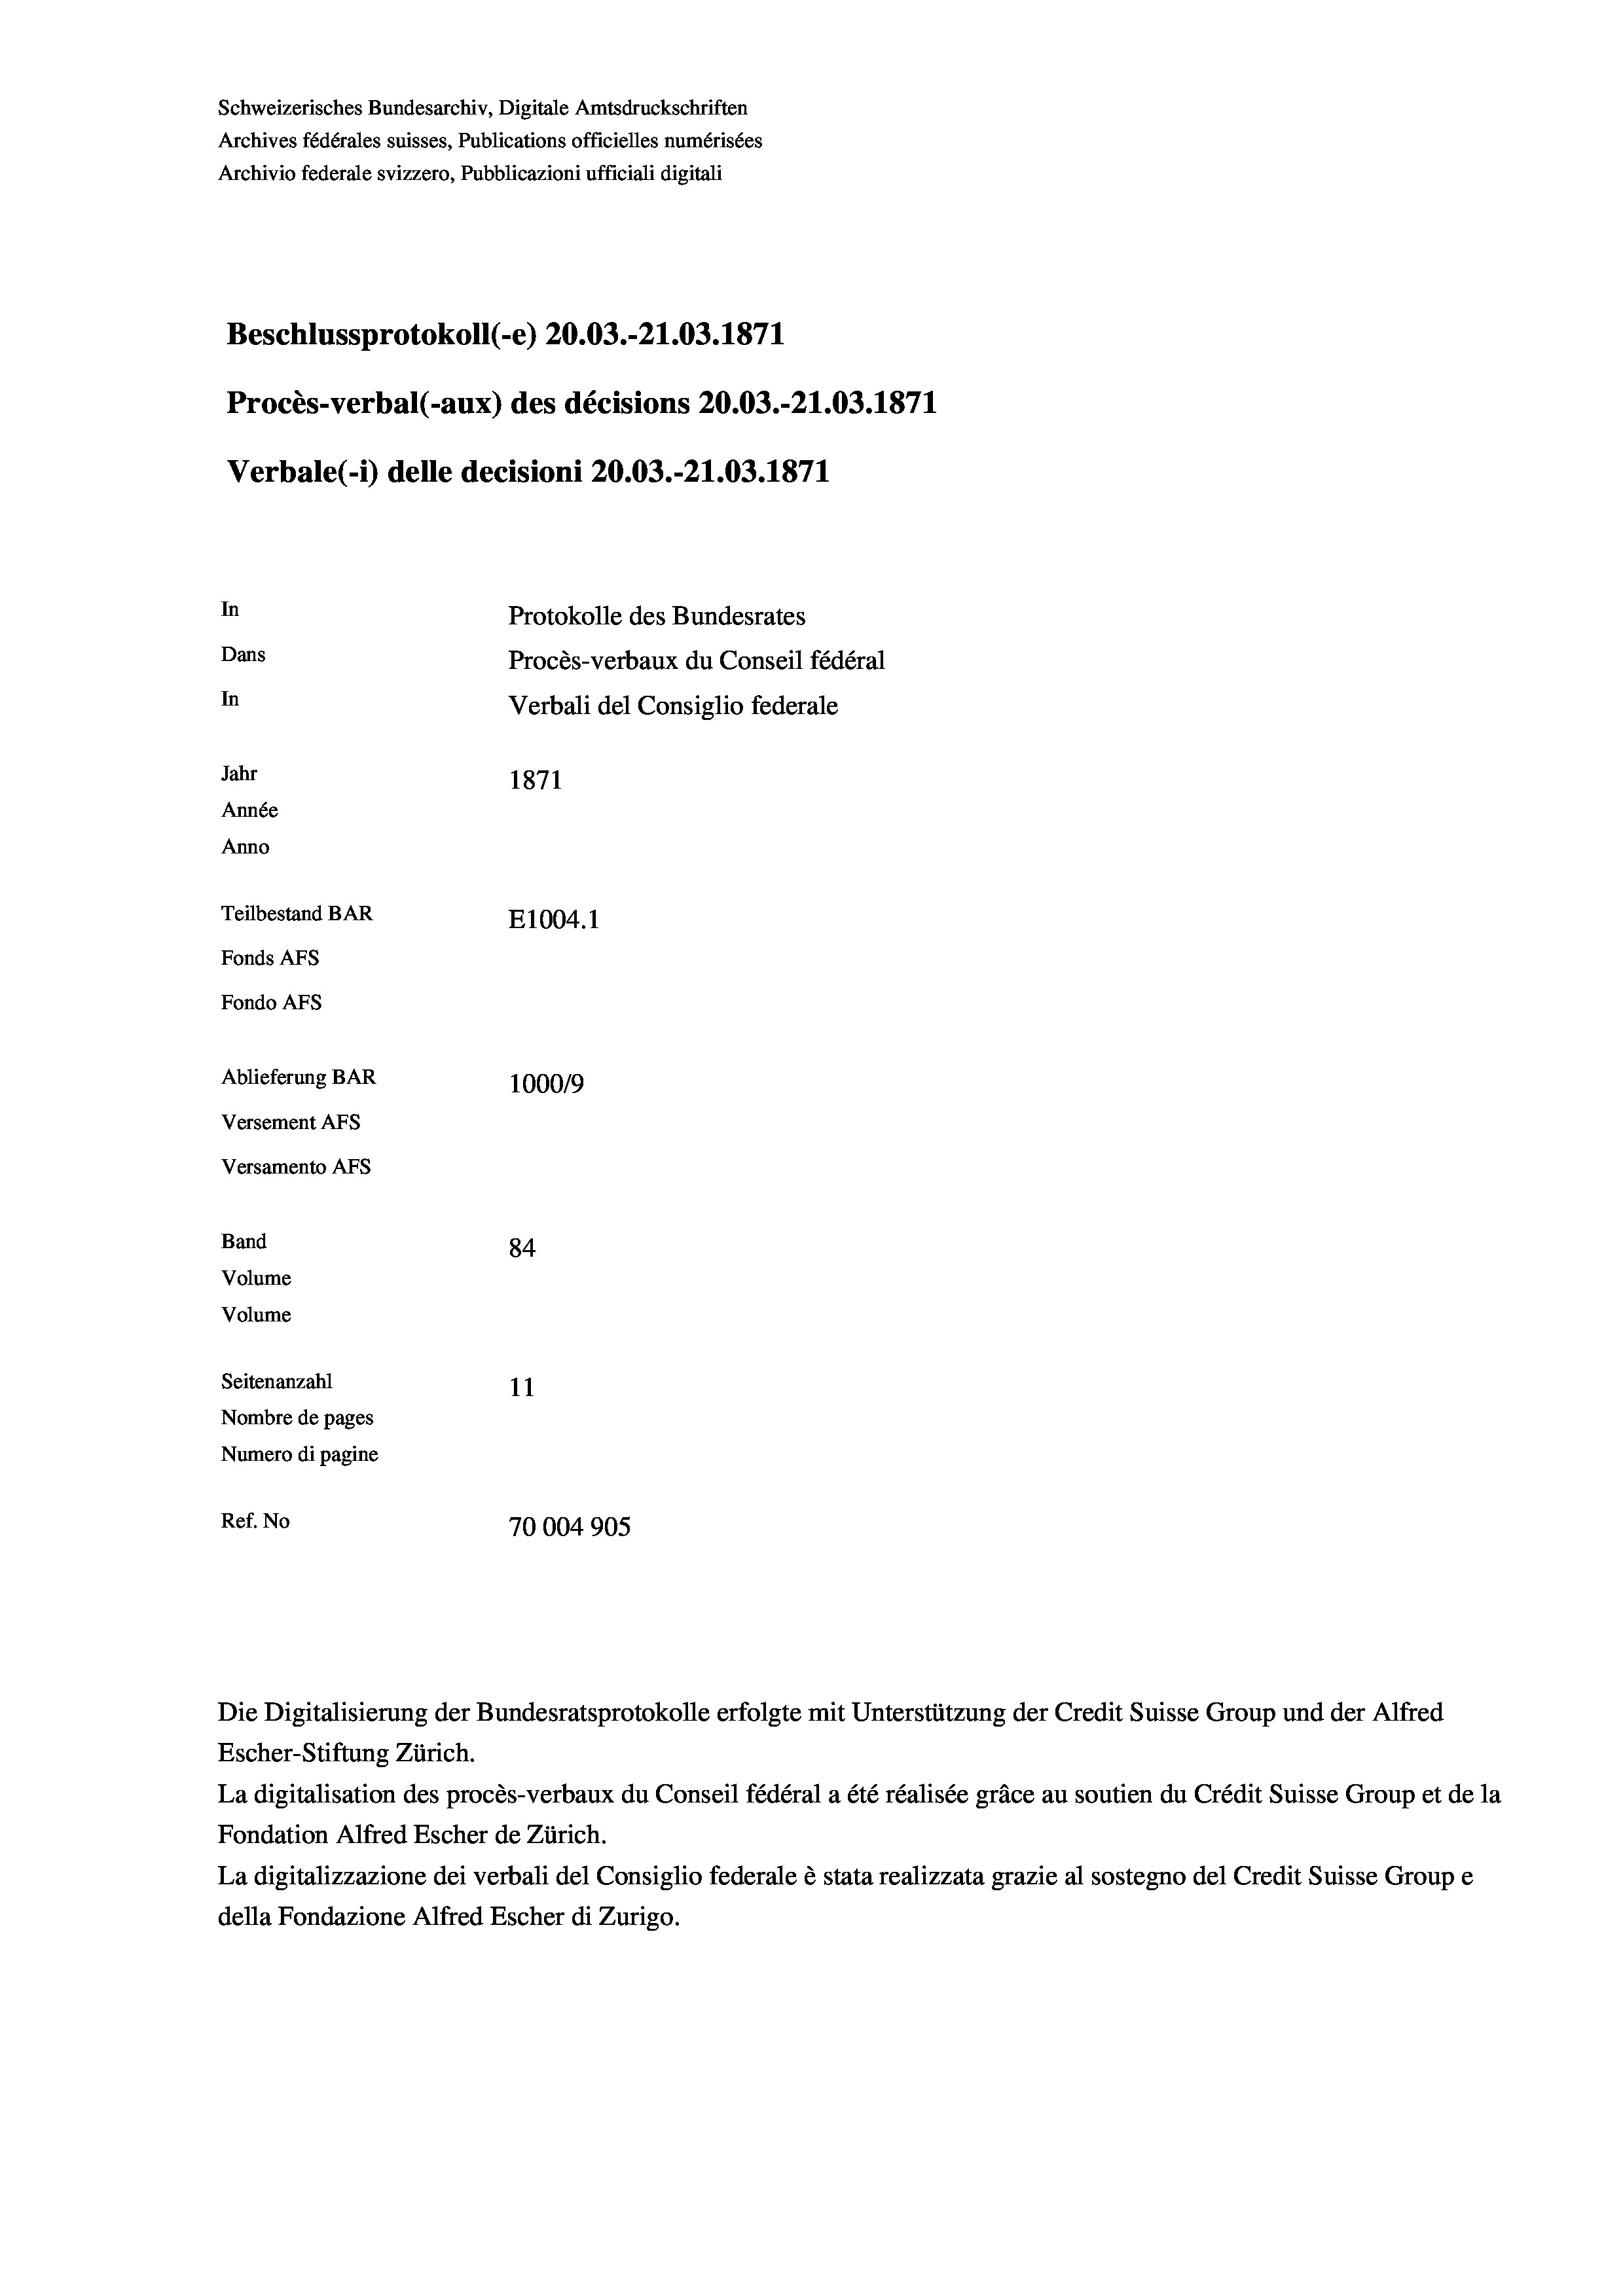
Schweizerisches Bundesarchiv, Digitale Amtsdruckschriften
Archives fédérales suisses, Publications officielles numérisées
Archivio federale svizzero, Pubblicazioni ufficiali digitali
Beschlussprotokoll (-e) 20.03.-21.03. 1871
Procès-verbal (-aux) des décisions 20.03.-21.03. 1871
Verbale(*) delle decisioni 20.03.-21.03. 1871
In
Protokolle des Bundesrates
Dans
Procès-verbaux du Conseil fédéral
In
Verbali del Consiglio federale
Jahr
1871
Année
Anno
Teilbestand BAR
E1004. 1
Fonds Afs
Fondo Afs
Ablieferung BAR
100019
Versement Ans
Versamento Afs
Band
84
Volume
Volume
Seitenanzahl
11
Nombre de pages
Numero di pagine
Ref. No
70004905

La digitalisation des procès-verbaux du Conseil fédéral a été réalisée gräce au soutien du Crédit Suisse Group et de la
Fondation Alfred Escher de Zürich.
La digitalizzazione dei verbali del Consiglio federale è stata realizzata grazie al sostegno del Credit Suisse Groupe
della Fondazione Alfred Escher di Zurigo.

Escher-Stiftung Zürich.

Die Digitalisierung der Bundesratsprotokolle erfolgte mit Unterstützung der Credit Suisse Group und der Alfred